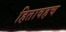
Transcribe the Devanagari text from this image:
हितावहच